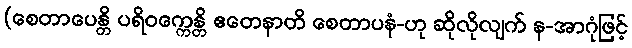
(စေတာပေန္တိ ပရိဝက္ကေန္တိ ဧတေနာတိ စေတာပနံ-ဟု ဆိုလိုလျက် န-အာဂုံဖြင့်